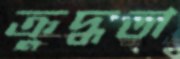
ক্রুদ্ধতা